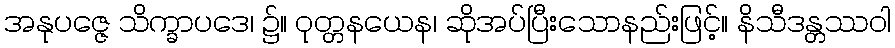
အနုပဇ္ဇေ သိက္ခာပဒေ၊ ၌။ ဝုတ္တနယေန၊ ဆိုအပ်ပြီးသောနည်းဖြင့်။ နိသီဒန္တဿဝါ